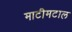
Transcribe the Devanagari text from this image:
माटीमटाल